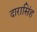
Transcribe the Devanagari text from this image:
दारासिंह